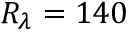
{ R _ { \lambda } } = 1 4 0